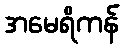
အမေရိကန်